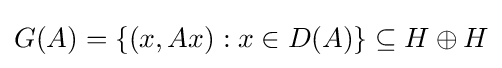
G(A)=\{(x,Ax):x\in D(A)\}\subseteq H\oplus H